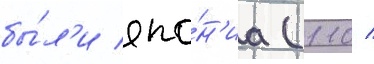
бы́л'и япо́н'иа (110 /